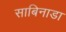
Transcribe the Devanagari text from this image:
साबिनाडा